system: You are a helpful assistant.
user:
Analyze the provided spectrum to determine if it is a **S-type Star**.

- **Key Indicators for S-type Star:**

    - **(Overall Spectrum Shape):** The first and most obvious characteristic is the overall continuum (the "baseline" shape). It is **extremely "red-sloping,"** meaning the flux (light intensity) is very low on the left side (blue, ~4000-4500 Å) and rises steeply and continuously toward the right side (red, ~7000 Å+).

    - **(Primary):** The spectrum is defined by the presence of strong, broad molecular absorption "valleys" (bands) from **Zirconium Oxide (ZrO)**. The identification of these bands is the **primary requirement** for classifying a star as S-type.
        - **(Key Bandheads):** You must find distinct, deep "dips" where the light has been absorbed. The most critical band systems to locate are:
            - **~6474 Å** ($\gamma$-system): This is often the strongest and clearest ZrO feature, found in the red part of the spectrum.
            - **~5718 Å** & **~5551 Å** ($\beta$-system): A pair of prominent absorption features in the yellow-orange part of the spectrum.
            - **~4640 Å** ($\alpha$-system): A key absorption band system in the blue-green region of the spectrum.

    - **(Secondary Confirmation):** The classification is strengthened by finding additional absorption bands from other related heavy element oxides, which are expected to be present alongside ZrO.
        - **(Key Bandheads):**
            - **Yttrium Oxide (YO):** Look for absorption dips near **~4800 Å** and **~6100 Å**.
            - **Lanthanum Oxide (LaO):** Additional absorption features, particularly in the red-orange part of the spectrum, are also characteristic.

    - **(Line Profile):** The combination of the steep red continuum and these numerous, deep molecular bands (ZrO, YO, etc.) gives the entire spectrum a very **"chopped-up"** or **"bumpy"** appearance. Instead of a smooth curve, the spectrum looks as though large, wide chunks of light have been "carved out" of it at the specific wavelengths listed above.

Think first, call **spectral_visualization_tool** if needed to examine features in detail, then provide your final answer. Your response must adhere to the following strict rules:
1.  **Overall Structure:** Your response must follow the format `<think>...</think> <tool_call>...</tool_call> (if a tool is used) <answer>...</answer>`.
2.  **Tool Usage Constraint:** You may only make **one** tool call per turn.
3.  **Final Answer Format:** In the `<answer>` tag, your conclusion must be inside a `\boxed{}` command (e.g., `\boxed{YES}` or `\boxed{NO}`), followed by your justification.

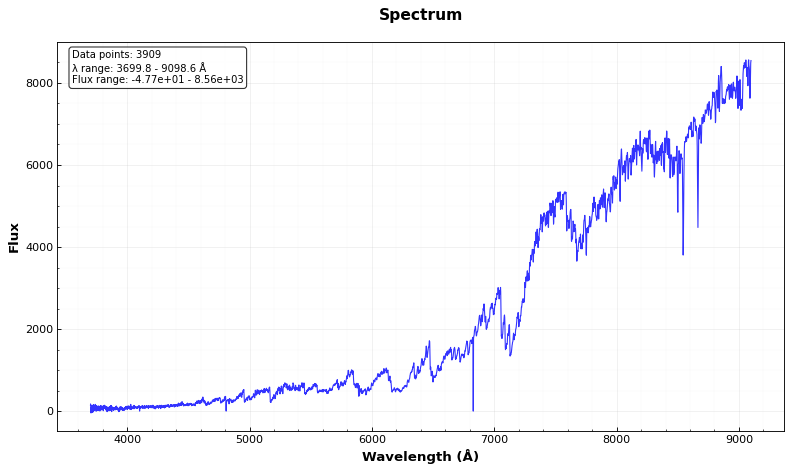
Answer: YES